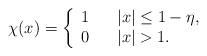
LaTeX: \begin{align*} \chi(x) = \left\{\begin{array}{ccl}1 && |x| \leq 1-\eta, \\0 && |x|>1.\end{array}\right.\end{align*}